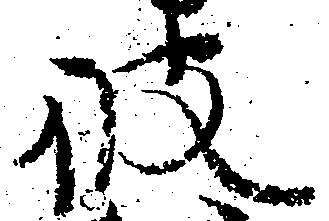
彼